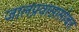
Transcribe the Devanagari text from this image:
जालप्रवासासोबत